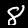
Label: 8